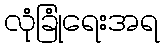
လုံခြုံရေးအရ